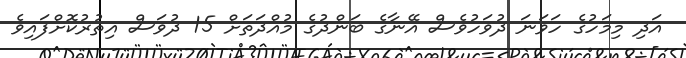
އަދި މިމަހުގެ ހަވަނަ ދުވަހުވެސް އޭނާގެ ބަންދުގެ މުއްދަތަށް 15 ދުވަސް އިތުރުކޮށްފައިވެ